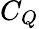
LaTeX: C_{Q}